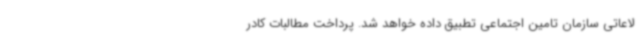
لاعاتی سازمان تامین اجتماعی تطبیق داده خواهد شد. پرداخت مطالبات کادر